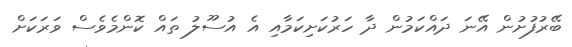
ބޭރުފުށުން އޭނަ ދައްކަމުން ދާ ހަރުކަށިކަމާއި އެ އުސޫލު ތައް ކޮންމެވެސް ވަރަކަށް